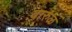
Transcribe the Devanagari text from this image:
वारुळ